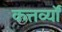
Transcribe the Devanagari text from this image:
कत्तर्व्यों